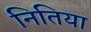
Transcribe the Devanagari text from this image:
नितिया